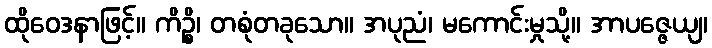
ထိုဝေဒနာဖြင့်။ ကိဉ္စိ၊ တစုံတခုသော။ အပုညံ၊ မကောင်းမှုသို့။ အာပဇ္ဇေယျ၊